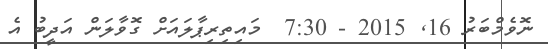
ނޮވެމްބަރު 16